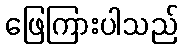
ဖြေကြားပါသည်